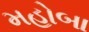
મહોબા